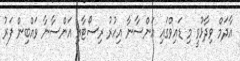
އާދަމް ވިދާޅުވީ މި ޑައިވްގައި އަންސާނާ އިހުރު ރިސޯޓާއި އަންސާނާ ވައްބިން ފަރު